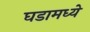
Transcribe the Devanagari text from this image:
घडामध्ये